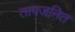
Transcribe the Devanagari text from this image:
तापजनित